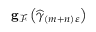
\mathbf { g } _ { \mathcal { F } } \left( \widehat { \gamma } _ { \left( m + n \right) \varepsilon } \right)